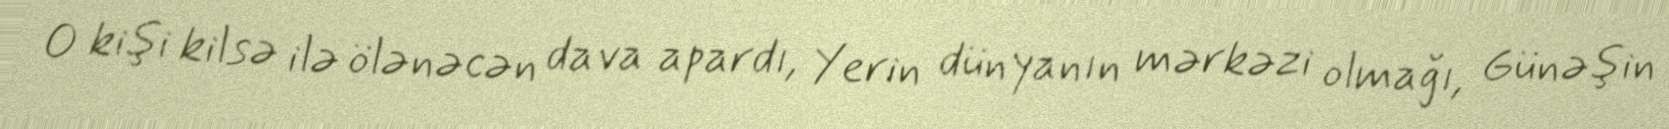
O kişi kilsə ilə ölənəcən dava apardı, Yerin dünyanın mərkəzi olmağı, Günəşin